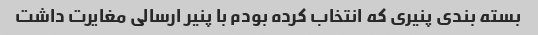
بسته بندی پنیری که انتخاب کرده بودم با پنیر ارسالی مغایرت داشت